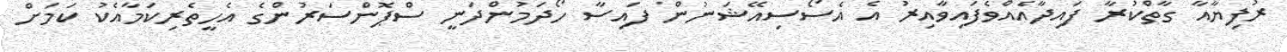
ރުފިޔާއާ ގާތްކުރާ ފައިދާއެއްވެފައިވާއިރު އެ އެސޯސިއޭޝަނުން ފައިސާ ހޯދަމުންދަނީ ސްޕޮންސަރުންގެ އެހީތެރިކަމާއެކު ކަމަށް